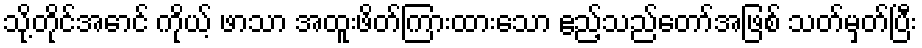
သို့တိုင်အောင် ကိုယ့် ဖာသာ အထူးဖိတ်ကြားထားသော ဧည့်သည်တော်အဖြစ် သတ်မှတ်ပြီး